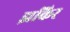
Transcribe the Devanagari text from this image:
झकिर